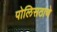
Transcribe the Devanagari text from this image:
पोलिसठाणे